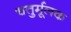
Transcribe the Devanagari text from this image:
चतुर्मूलक